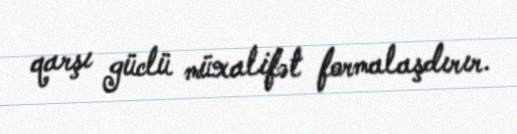
qarşı güclü müxalifət formalaşdırır.